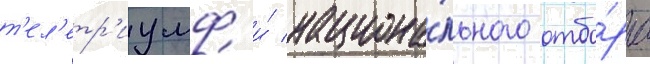
т'ел'етр'иумф и́ национа́льного отбо́ра